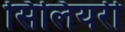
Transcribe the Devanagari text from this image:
सिलियरी